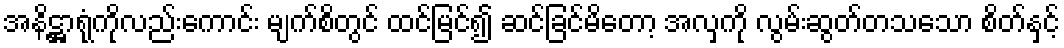
အနိဋ္ဌာရုံကိုလည်းကောင်း မျက်စိတွင် ထင်မြင်၍ ဆင်ခြင်မိတော့ အလှကို လွမ်းဆွတ်တသသော စိတ်နှင့်